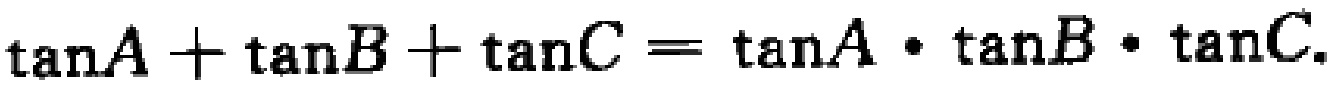
\(\tan A+\tan B+\tan C = \tan A\cdot\tan B\cdot\tan C\)